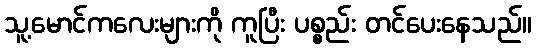
သူ့မောင်ကလေးများကို ကူပြီး ပစ္စည်း တင်ပေးနေသည်။